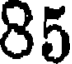
85